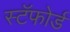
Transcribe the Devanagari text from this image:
स्टॅफोर्ड